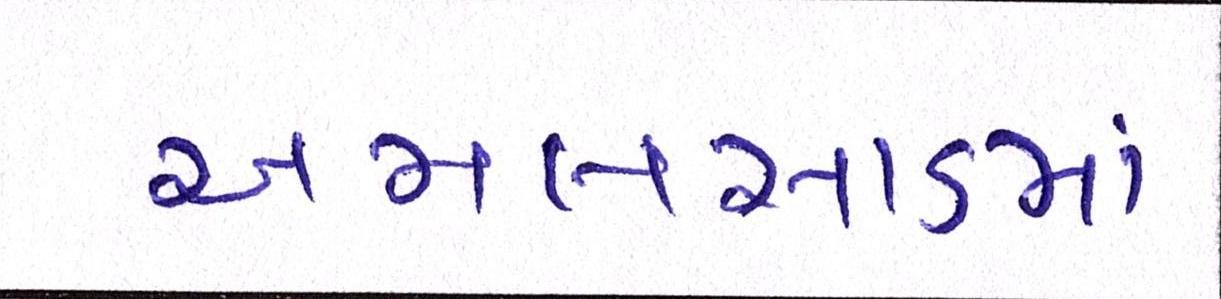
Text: અમલસાડમાં